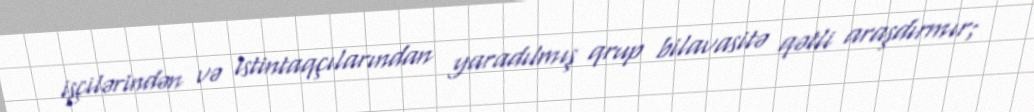
işçilərindən və istintaqçılarından yaradılmış qrup bilavasitə qətli araşdırmır;